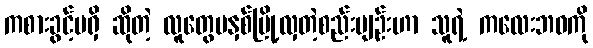
ကစားခွင့်မရှိ ဆိုတဲ့ လူတွေမနှစ်မြို့လှတဲ့စည်းမျဉ်းဟာ သူရဲ့ ကလေးဘဝကို